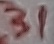
Text: 31